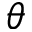
\theta